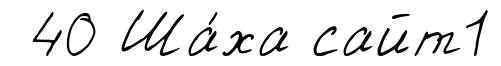
40 Ша́ха сайт1